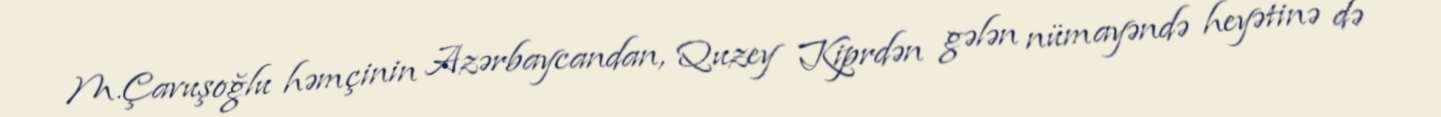
M.Çavuşoğlu həmçinin Azərbaycandan, Quzey Kiprdən gələn nümayəndə heyətinə də